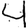
Digit: 4